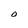
Character: O